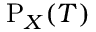
\mathrm { P } _ { X } ( { \cal T } )